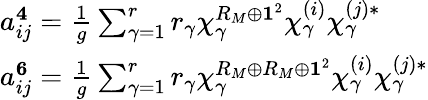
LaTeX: \begin{array}{l}{{a_{ij}^{{\mathbf 4}}=\frac{1}{g}\sum_{\gamma=1}^{r}r_{\gamma}\chi_{\gamma}^{R_{M}\oplus{\mathbf 1}^{2}}\chi_{\gamma}^{(i)}\chi_{\gamma}^{(j)*}}}\\ {{a_{ij}^{{\mathbf 6}}=\frac{1}{g}\sum_{\gamma=1}^{r}r_{\gamma}\chi_{\gamma}^{R_{M}\oplus R_{M}\oplus{\mathbf 1}^{2}}\chi_{\gamma}^{(i)}\chi_{\gamma}^{(j)*}}}\end{array}